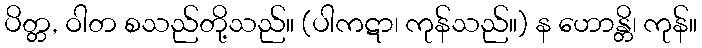
ပိတ္တ, ဝါတ စသည်တို့သည်။ (ပါကဋာ၊ ကုန်သည်။) န ဟောန္တိ၊ ကုန်။